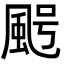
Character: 𩖸